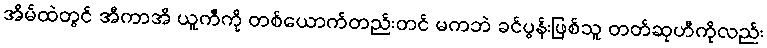
အိမ်ထဲတွင် အီကာအိ ယူကီကို တစ်ယောက်တည်းတင် မကဘဲ ခင်ပွန်းဖြစ်သူ တတ်ဆုဟီကိုလည်း